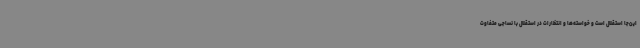
این‌جا استقلال است و خواسته‌ها و انتظارات در استقلال با نساجی متفاوت